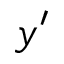
y ^ { \prime }